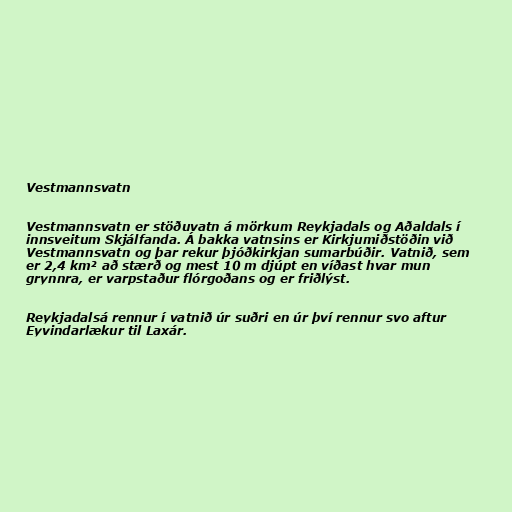
Vestmannsvatn

Vestmannsvatn er stöðuvatn á mörkum Reykjadals og Aðaldals í
innsveitum Skjálfanda. Á bakka vatnsins er Kirkjumiðstöðin við
Vestmannsvatn og þar rekur þjóðkirkjan sumarbúðir. Vatnið, sem
er 2,4 km² að stærð og mest 10 m djúpt en víðast hvar mun
grynnra, er varpstaður flórgoðans og er friðlýst.

Reykjadalsá rennur í vatnið úr suðri en úr því rennur svo aftur
Eyvindarlækur til Laxár.